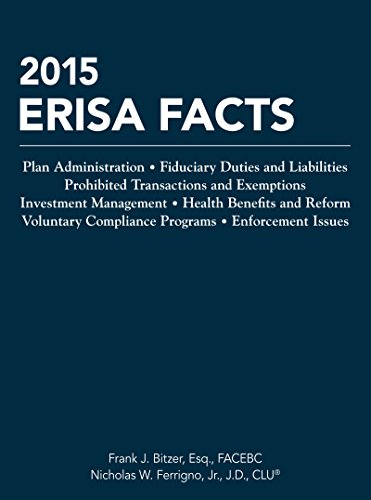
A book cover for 2015 ERISA Facts; Frank J. Bitzer; Business & Money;